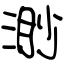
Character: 渺